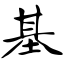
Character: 基